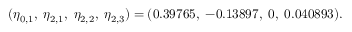
( \eta _ { 0 , 1 } , \; \eta _ { 2 , 1 } , \; \eta _ { 2 , 2 } , \; \eta _ { 2 , 3 } ) = ( 0 . 3 9 7 6 5 , \; - 0 . 1 3 8 9 7 , \; 0 , \; 0 . 0 4 0 8 9 3 ) .